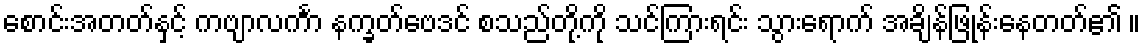
စောင်းအတတ်နှင့် ကဗျာလင်္ကာ နက္ခတ်ဗေဒင် စသည်တို့ကို သင်ကြားရင်း သွားရောက် အချိန်ဖြုန်းနေတတ်၏ ။